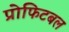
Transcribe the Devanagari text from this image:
प्रोफिटबल